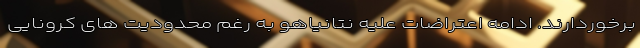
برخوردارند. ادامه اعتراضات علیه نتانیاهو به رغم محدودیت های کرونایی